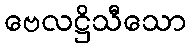
ဗေလဋ္ဌိသီသော